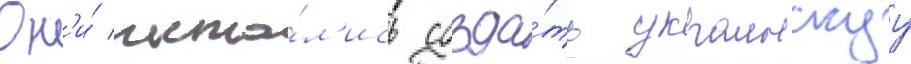
Он'и́ пыта́л'ись созда́ть украинскуу